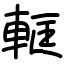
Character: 軭